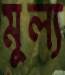
মূল্য